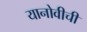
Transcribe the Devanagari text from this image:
यानोवीची